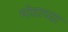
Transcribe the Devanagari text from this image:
मोठाच्या